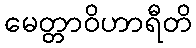
မေတ္တာဝိဟာရီတိ